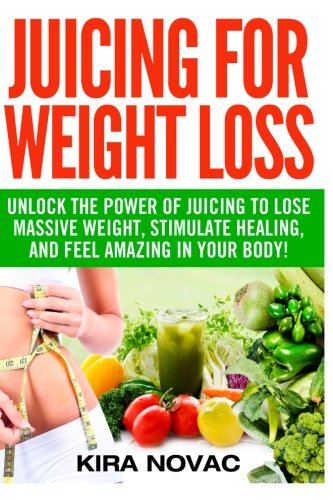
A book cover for Juicing for Weight Loss: Unlock the Power of Juicing to Lose Massive Weight, Stimulate Healing, and Feel Amazing in Your Body (Juicing, Weight Loss, Alkaline Diet, Anti-Inflammatory Diet) (Volume 1); Kira Novac; Cookbooks, Food & Wine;